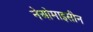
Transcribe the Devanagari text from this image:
नेओमाइसीन